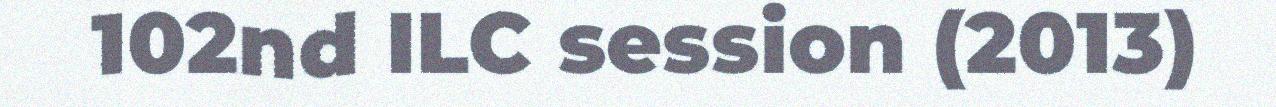
102nd ILC session (2013)